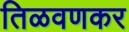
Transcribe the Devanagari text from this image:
तिळवणकर